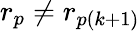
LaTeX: r_{p}\neq r_{p(k+1)}